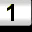
Digit: 1